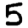
Digit: 5